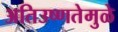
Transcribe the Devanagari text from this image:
अतिउष्णतेमुळे